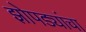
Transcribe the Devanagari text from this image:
झोपड्यांचा